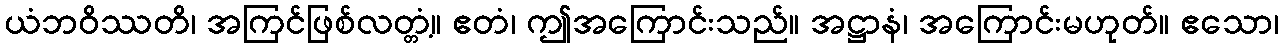
ယံဘဝိဿတိ၊ အကြင်ဖြစ်လတ္တံ့။ ဧတံ၊ ဤအကြောင်းသည်။ အဋ္ဌာနံ၊ အကြောင်းမဟုတ်။ ဧသော၊